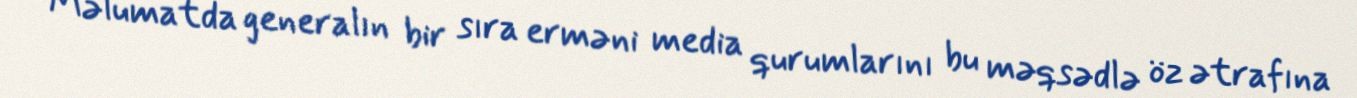
Məlumatda generalın bir sıra erməni media qurumlarını bu məqsədlə öz ətrafına